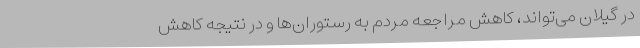
در گیلان می‌تواند، کاهش مراجعه مردم به رستوران‌ها و در نتیجه کاهش